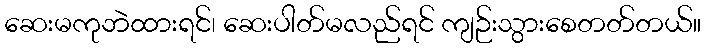
ဆေးမကုဘဲထားရင်၊ ဆေးပါတ်မလည်ရင် ကျဉ်းသွားစေတတ်တယ်။